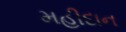
મહીદાન